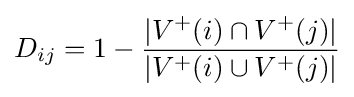
D_{ij}=1-{\dfrac {|V^{+}(i)\cap V^{+}(j)|}{|V^{+}(i)\cup V^{+}(j)|}}